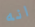
انه